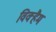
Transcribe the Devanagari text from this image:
विक्हैम